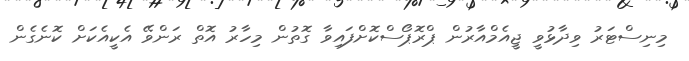
މިނިސްޓަރު ވިދާޅުވީ ޖީއެމްއާރުން ޕްރޮޕޯސްކޮށްފައިވާ ގޮތުން މިހާރު އޮތް ރަންވޭ އެކީއެކަށް ކޮނެގެން